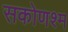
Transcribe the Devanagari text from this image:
सकोणश्म